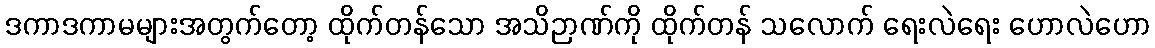
ဒကာဒကာမများအတွက်တော့ ထိုက်တန်သော အသိဉာဏ်ကို ထိုက်တန် သလောက် ရေးလဲရေး ဟောလဲဟော